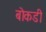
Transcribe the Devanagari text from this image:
बोकडी